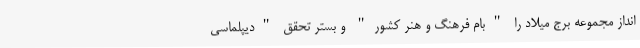
انداز مجموعه برج میلاد را "بام فرهنگ و هنر کشور" و بستر تحقق "دیپلماسی